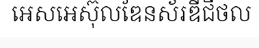
អេសអេស៊ុលឌែនស័រឌីជីថល